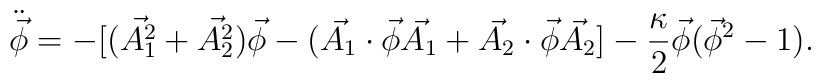
\ddot{\vec{\phi}} =-[(\vec{A_{1}^{2}}+\vec{A_{2}^{2}})\vec{\phi}-(\vec{A_{1}}\cdot\vec{\phi}\vec{A_{1}}+\vec{A_{2}}\cdot\vec{\phi}\vec{A_{2}}]-\frac{\kappa}{2}\vec{\phi}(\vec{\phi}^{2 }-1).